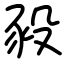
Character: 豛